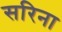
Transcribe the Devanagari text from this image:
सरिना